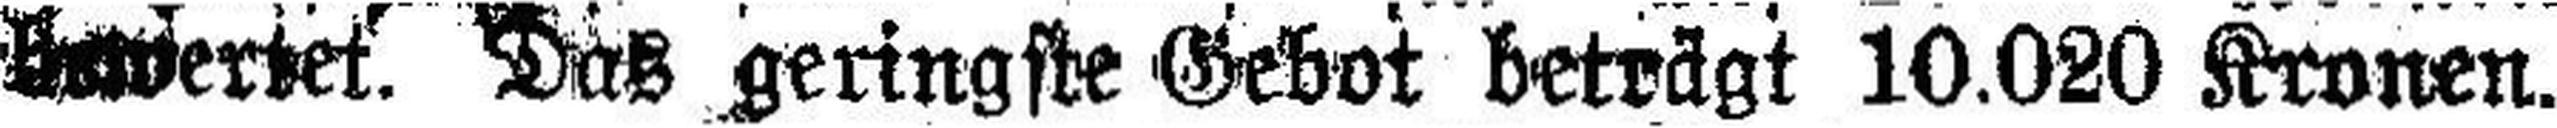
###wertet. Das geringste Gebot beträgt 10.020 Kronen.